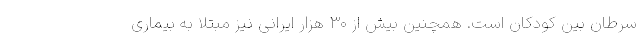
سرطان بین کودکان است. همچنین بیش از ۳۰ هزار ایرانی نیز مبتلا به بیماری